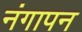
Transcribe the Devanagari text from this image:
नंगापन